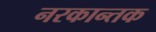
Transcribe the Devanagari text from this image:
नरकान्तक